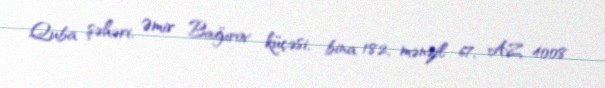
Quba şəhəri, Əmir Bağırov küçəsi, bina 182, mənzil 67, AZ 4008